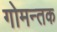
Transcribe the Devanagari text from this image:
गोमन्तक